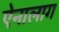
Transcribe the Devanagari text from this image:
ऐनालाग